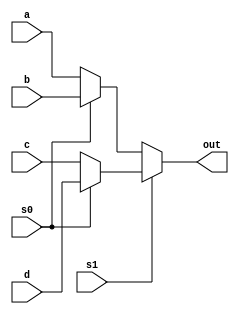
// This program was cloned from: https://github.com/chicken8848/RISKY
// License: MIT License

module mux_4(
  a,
  b,
  c,
  d,
  s0,
  s1,
  out
);

input wire a, b, c, d;
input wire s0, s1;
output out;

assign out = s1 ? (s0 ? d : c) : (s0 ? b : a); 

endmodule